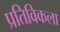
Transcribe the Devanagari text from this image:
प्रतिविकला